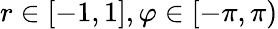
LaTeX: r\in[-1,1],\varphi\in[-\pi,\pi)